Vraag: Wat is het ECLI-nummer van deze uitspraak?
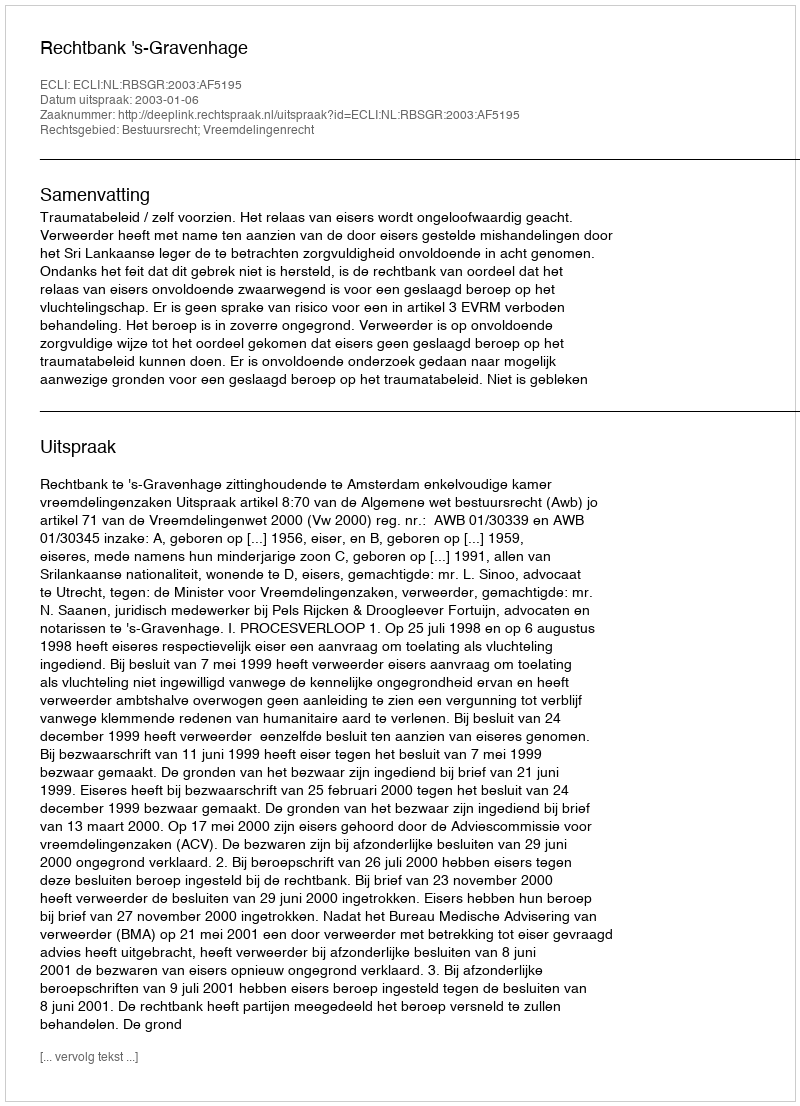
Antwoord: ECLI:NL:RBSGR:2003:AF5195